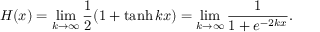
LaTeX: H ( x ) = \operatorname* { l i m } _ { k \rightarrow \infty } { \frac { 1 } { 2 } } ( 1 + \operatorname { t a n h } k x ) = \operatorname* { l i m } _ { k \rightarrow \infty } { \frac { 1 } { 1 + e ^ { - 2 k x } } } .